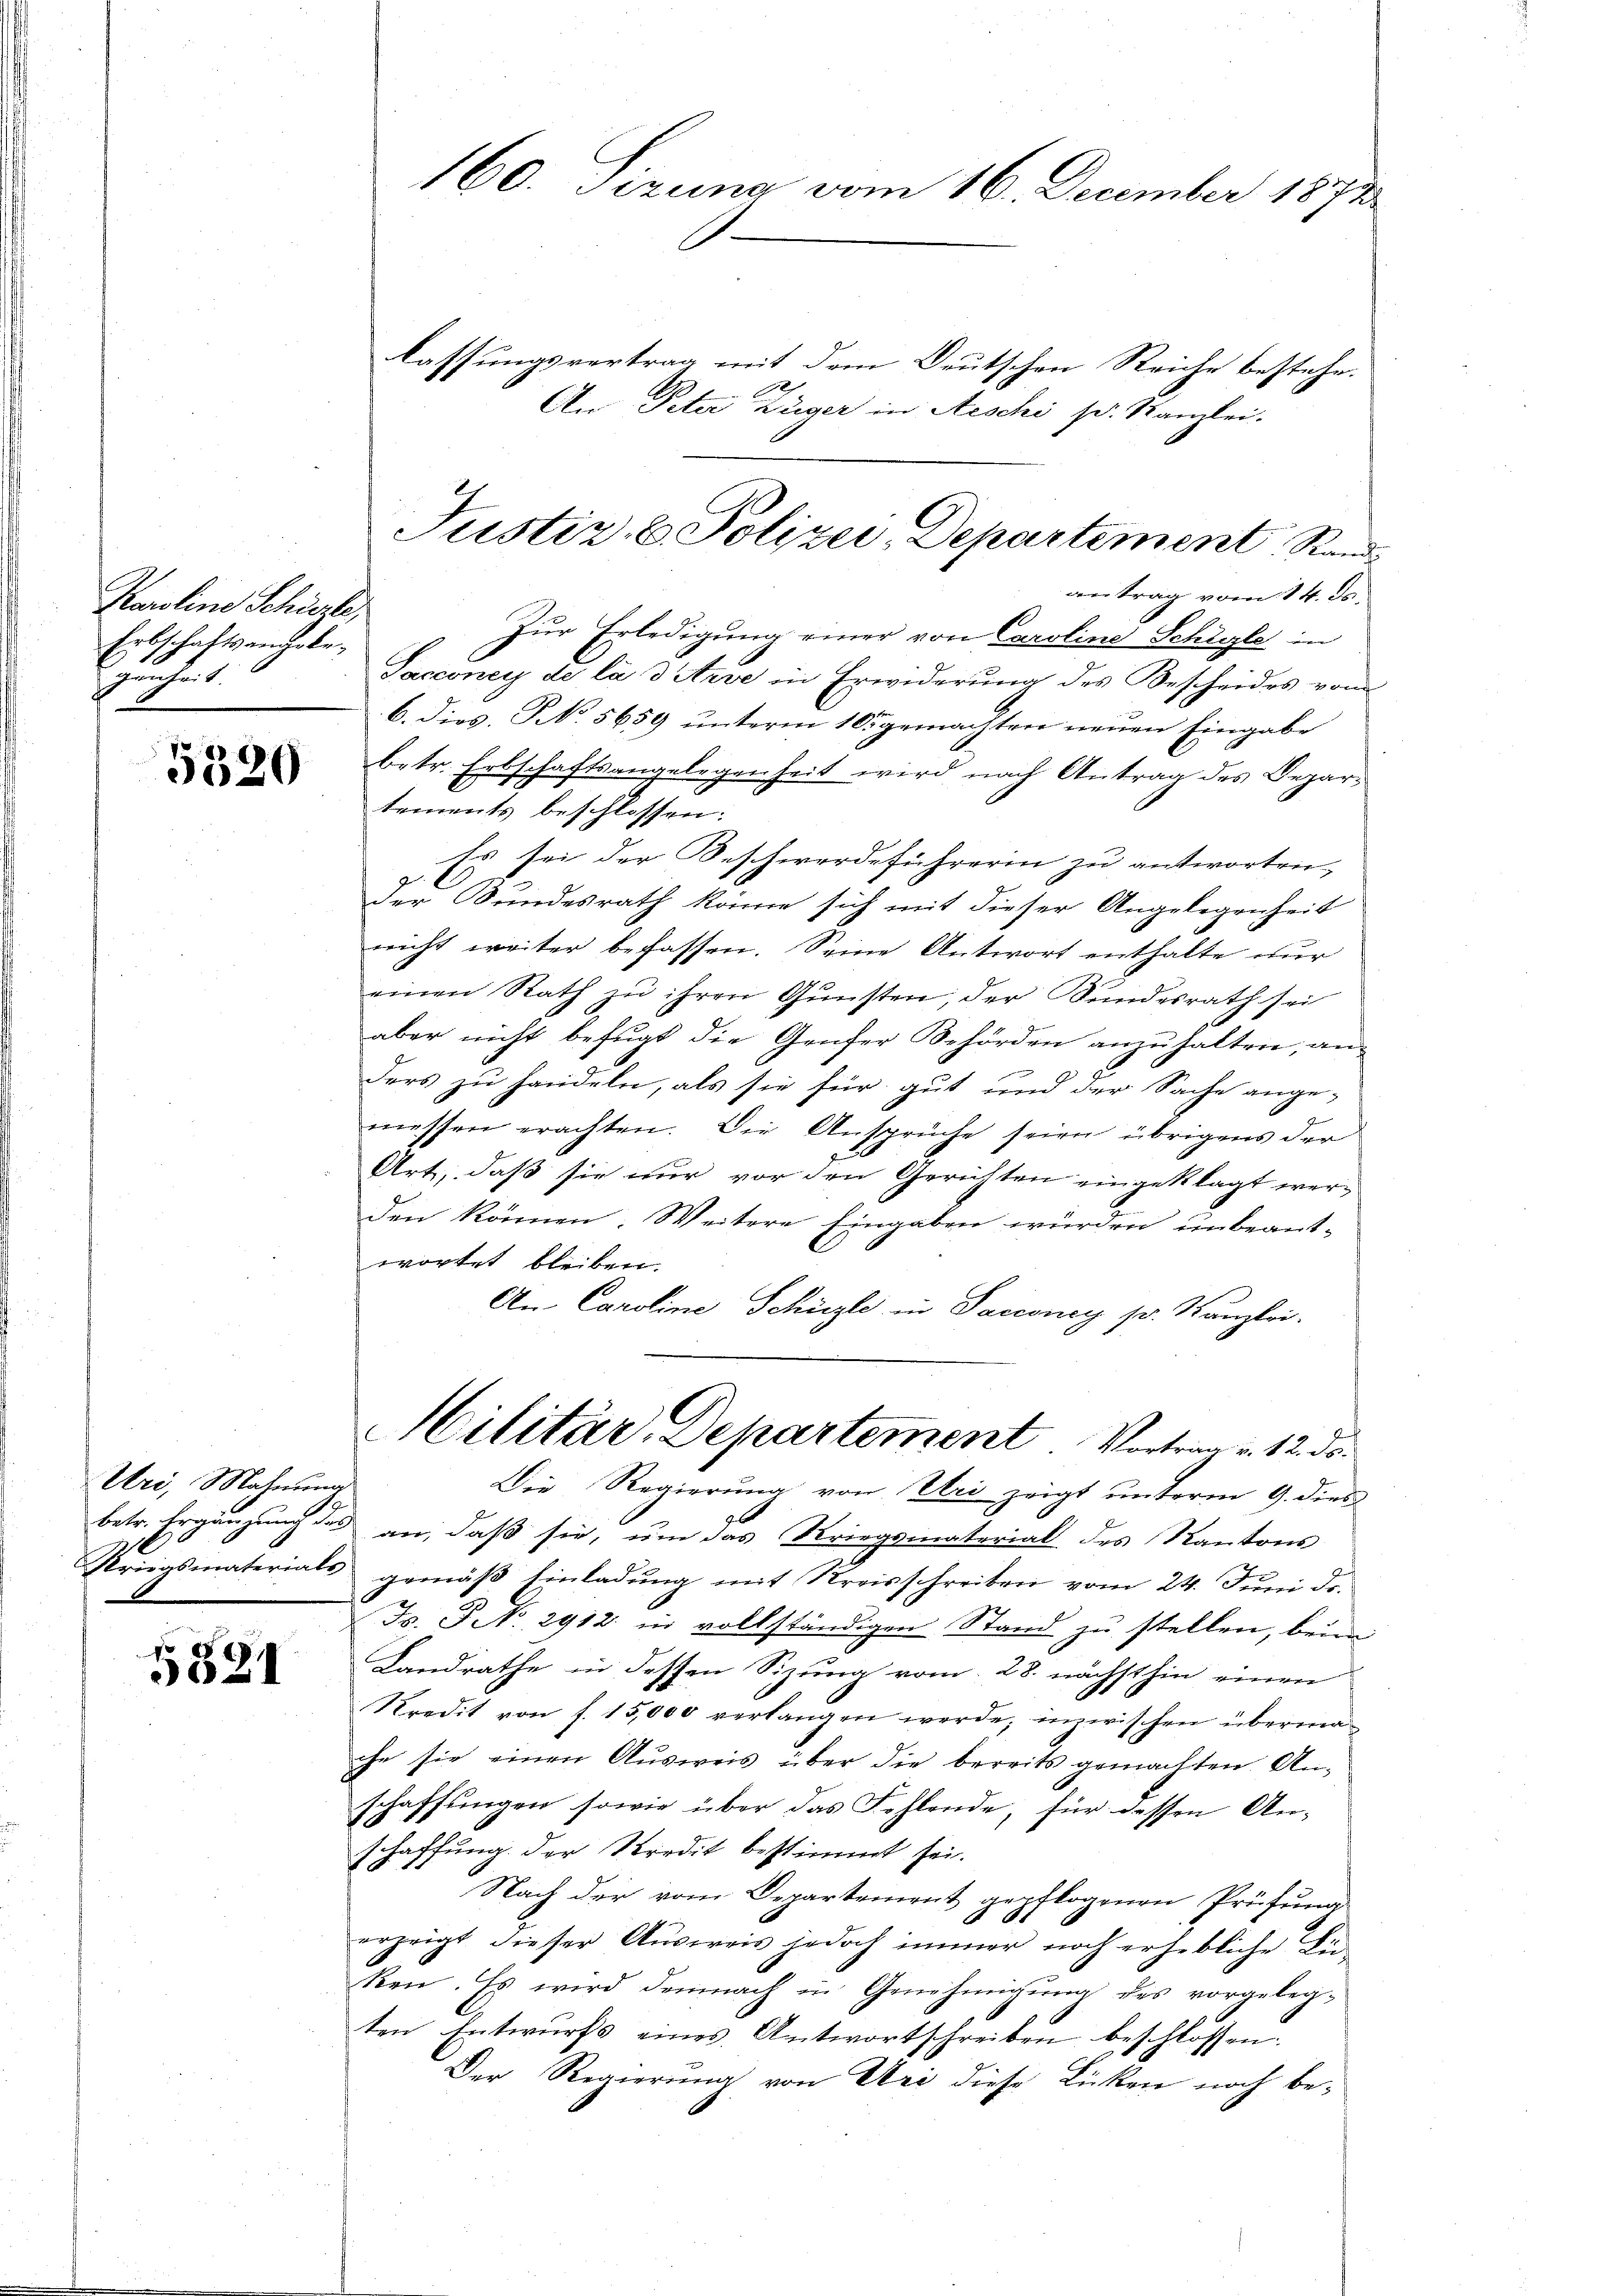
Karoline Schürzte,
Erbschaftsanthobe
zuhe

5520

Uri, Mahnung
0
Kriegsmaterials

5521

lassungsvertrag mit dem Deutschen Reiche bestehe.
An Peter Züger in Aeschi s. Kanzlei.
Sacconey de la 3 Arie in Erwiderung des Bescheides vom
b. dies, No. 5659 unterm 10. gemachten neuen Eingabe
betr. Erbschaftsangelegenheit wird nach Antrag des Departements beschlossen:
Es sei der Beschwerdeführerin zu antworten,
der Bundesrath könne sich mit dieser Angelegenheit
nicht weiter befassen. Seine Antwort enthalte nur
einen Rath zu ihren Gunsten, der Bundesrath sei
aber nicht befugt die Genfer Behörden anzuhalten, an
ders zu handeln, als sie für gut und der Sache ange-
messen erachten. Die Ansprüche seien übrigens der
Art, daß sie nur vor den Gerichten eingeklagt werden können. Weitere Eingaben würden unbeantwortet bleiben.
An Caroline Schüzte in Sacconey pr. Kanzlei-
Hilitär, Departement. Vortrag u. 12. ds.
Die Regierung von Uri zeigt unterm 9. dies
betr. Ergänzung des an, daß sie, um das Kriegsmaterial des Kantons
gemäß Einladung mit Kreisschreiben vom 24. Juni d.
F. J. No. 2912 in vollständigen Stand zu stellen, beim
Landrathe in dessen Sizung vom 28. nächsthin einen
Kredit von f. 15,000 verlangen werde; inzwischen übermache sie einen Ausweis über die bereits gemachten An-
schaffungen sowie über das Fehlende, für dessen Anschaffung der Kredit bestimmt sei.
Nach der vom Departement gepflogenen Prüfung
erzeigt dieser Aŭsweis jedoch immer noch erhebliche Lü-
ken. Es wird demnach in Genehmigŭng des vorgeleg-
ten Entwurfs eines Antwortschreiben beschlossen.
Der Regierŭng von Uri diese Lücken noch be¬

160. Sizung vom 16. December 1873

Justiz- & Polizei, Departement, Ran
antrag vom 14. ds.
Zur Erledigung einer von Caroline Schile in